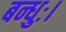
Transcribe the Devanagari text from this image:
बन्धुः।